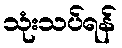
သုံးသပ်ရန်